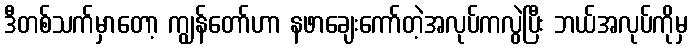
ဒီတစ်သက်မှာတော့ ကျွန်တော်ဟာ နဖာချေးကော်တဲ့အလုပ်ကလွဲပြီး ဘယ်အလုပ်ကိုမှ